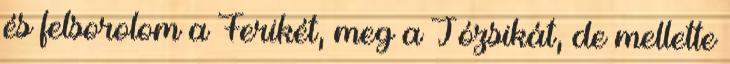
és felsorolom a Ferikét, meg a Józsikát, de mellette